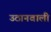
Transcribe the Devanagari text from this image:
उठानवाली